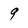
Character: g